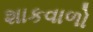
શાકવાળો